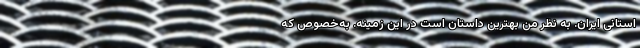
استانی ایران. به نظر من بهترین داستان است در این زمینه. به‌خصوص که